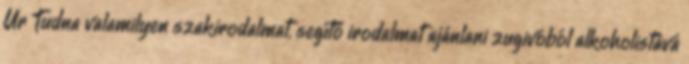
Úr Tudna valamilyen szakirodalmat, segítő irodalmat ajánlani zugivóból alkoholistává